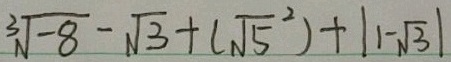
\sqrt [ 3 ] { - 8 } - \sqrt { 3 } + ( \sqrt { 5 } ^ { 2 } ) + \vert 1 - \sqrt { 3 } \vert